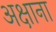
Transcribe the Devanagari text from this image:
अक्षाना